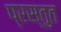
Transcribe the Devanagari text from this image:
प्रस्‍तुत